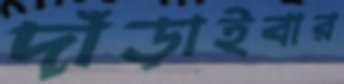
দাঁড়াইবার